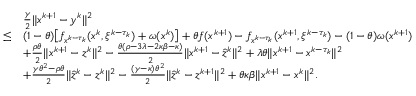
\begin{array} { r l } & { \frac { \gamma } { 2 } \| x ^ { k + 1 } - y ^ { k } \| ^ { 2 } } \\ { \leq } & { ( 1 - \theta ) \big [ f _ { x ^ { k - \tau _ { k } } } ( x ^ { k } , \xi ^ { k - \tau _ { k } } ) + \omega ( x ^ { k } ) \big ] + \theta f ( x ^ { k + 1 } ) - f _ { x ^ { k - \tau _ { k } } } ( x ^ { k + 1 } , \xi ^ { k - \tau _ { k } } ) - ( 1 - \theta ) \omega ( x ^ { k + 1 } ) } \\ & { + \frac { \rho \theta } { 2 } \| x ^ { k + 1 } - z ^ { k } \| ^ { 2 } - \frac { \theta ( \rho - 3 \lambda - 2 \kappa \beta - \kappa ) } { 2 } \| x ^ { k + 1 } - \hat { z } ^ { k } \| ^ { 2 } + \lambda \theta \| x ^ { k + 1 } - x ^ { k - \tau _ { k } } \| ^ { 2 } } \\ & { + \frac { \gamma \theta ^ { 2 } - \rho \theta } { 2 } \| \hat { z } ^ { k } - z ^ { k } \| ^ { 2 } - \frac { ( \gamma - \kappa ) \theta ^ { 2 } } { 2 } \| \hat { z } ^ { k } - z ^ { k + 1 } \| ^ { 2 } + \theta \kappa \beta \| x ^ { k + 1 } - x ^ { k } \| ^ { 2 } . } \end{array}